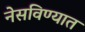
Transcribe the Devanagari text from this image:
नेसविण्यात